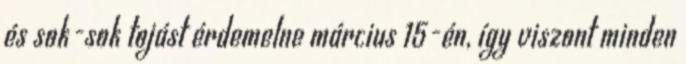
és sok-sok tojást érdemelne március 15-én, így viszont minden